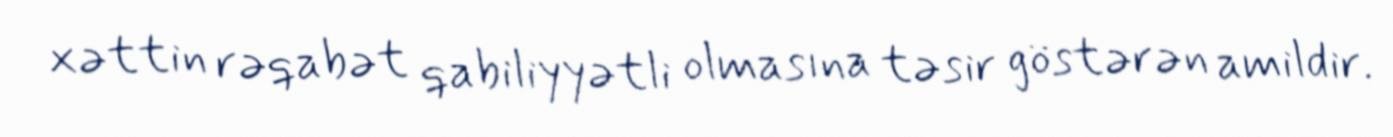
xəttin rəqabət qabiliyyətli olmasına təsir göstərən amildir.